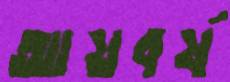
আয়বর্ষ